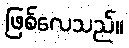
ဖြစ်လေသည်။